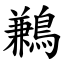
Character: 鶼